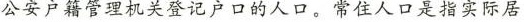
公安户籍管理机关登记户口的人口。常住人口是指实际居